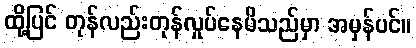
ထို့ပြင် တုန်လည်းတုန်လှုပ်နေမိသည်မှာ အမှန်ပင်။